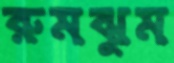
রুমঝুম